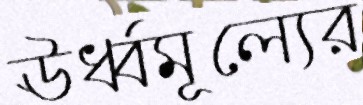
ঊর্ধ্বমূল্যের